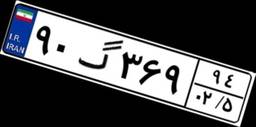
۹۰گ۳۶۹۹۴